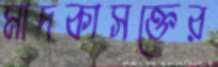
মাদকাসক্তের